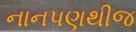
નાનપણથીજ